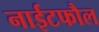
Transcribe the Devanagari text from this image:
नाईटफौल